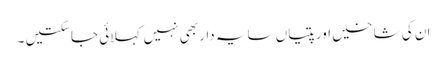
ان کی شاخیں اور پتیاں سایہ دار بھی نہیں کہلائی جاسکتیں ۔